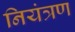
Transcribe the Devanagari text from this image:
नियंत्रण